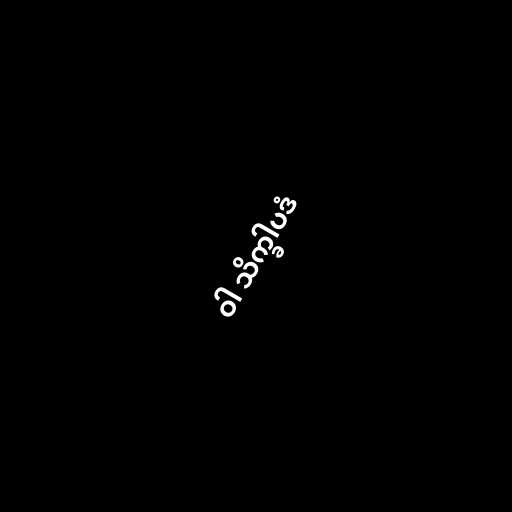
ဝါ သိက္ခါပဒံ